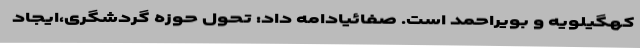
کهگیلویه و بویراحمد است. صفائیادامه داد: تحول حوزه گردشگری،ایجاد